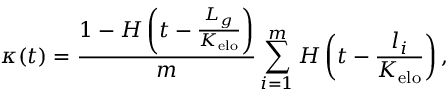
\kappa ( t ) = \frac { 1 - H \left( t - \frac { L _ { g } } { K _ { \mathrm { e l o } } } \right) } { m } \sum _ { i = 1 } ^ { m } H \left( t - \frac { l _ { i } } { K _ { \mathrm { e l o } } } \right) ,